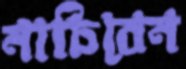
নাচিবেন